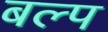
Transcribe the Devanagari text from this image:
बल्प